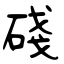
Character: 碊